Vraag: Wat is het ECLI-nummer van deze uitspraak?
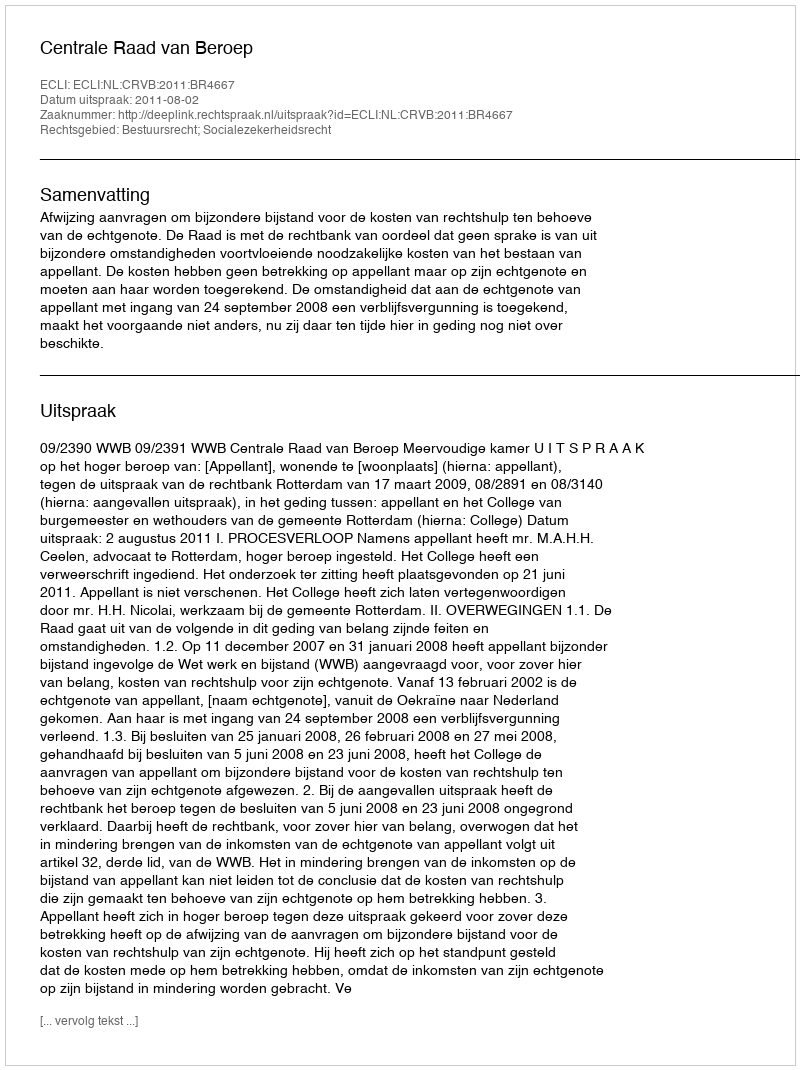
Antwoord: ECLI:NL:CRVB:2011:BR4667